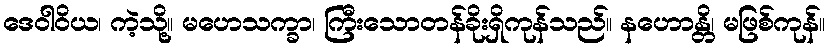
ဒေဝါဝိယ၊ ကဲ့သို့။ မဟေသက္ခာ၊ ကြီးသောတန်ခိုးရှိကုန်သည်။ နဟောန္တိ၊ မဖြစ်ကုန်။